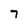
Character: 7